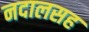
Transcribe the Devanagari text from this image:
नदालसह